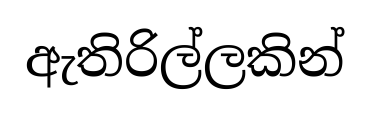
ඇතිරිල්ලකින්